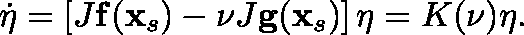
\begin{array} { r } { \dot { \mathbf { \eta } } = \left[ J \mathbf { f } ( \mathbf { x } _ { s } ) - \nu J \mathbf { g } ( \mathbf { x } _ { s } ) \right] \mathbf { \eta } = K ( \nu ) \mathbf { \eta } . } \end{array}